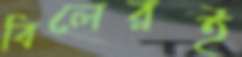
বিলেরই